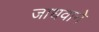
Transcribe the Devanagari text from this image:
जाधवाने